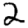
Digit: 2